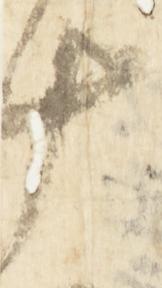
十